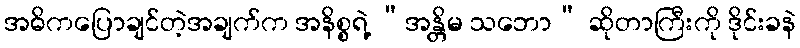
အဓိကပြောချင်တဲ့အချက်က အနိစ္စရဲ့ “အန္တိမ သဘော” ဆိုတာကြီးကို ဒိုင်းခနဲ